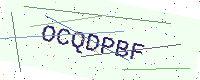
Text: OCQDPBF